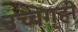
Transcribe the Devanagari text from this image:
उच्चगृही